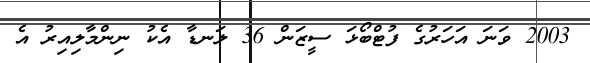
2003 ވަނަ އަހަރުގެ ފުޓްބޯޅަ ސީޒަން 36 ލަނޑާ އެކު ނިންމާލިއިރު އެ